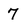
Character: 7